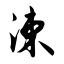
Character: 涑